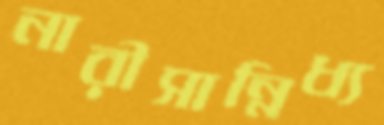
নারীসান্নিধ্য